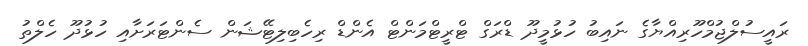
ރައީސުލްޖުމްހޫރިއްޔާގެ ނައިބު ހުޅުމީދޫ ޑްރަގް ޓްރީޓްމަންޓް އެންޑް ރިހެބިލިޓޭޝަން ސެންޓަރަށާއި ހުޅުދޫ ހެލްތު